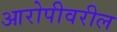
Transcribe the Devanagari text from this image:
आरोपीवरील